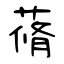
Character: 蓨